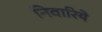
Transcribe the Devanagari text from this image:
निवारिये